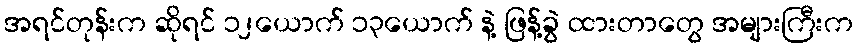
အရင်တုန်းက ဆိုရင် ၁၂ယောက် ၁၃ယောက် နဲ့ ဖြန့်ခွဲ ထားတာတွေ အများကြီးက